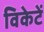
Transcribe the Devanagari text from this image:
विकेटें